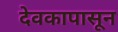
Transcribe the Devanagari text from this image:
देवकापासून